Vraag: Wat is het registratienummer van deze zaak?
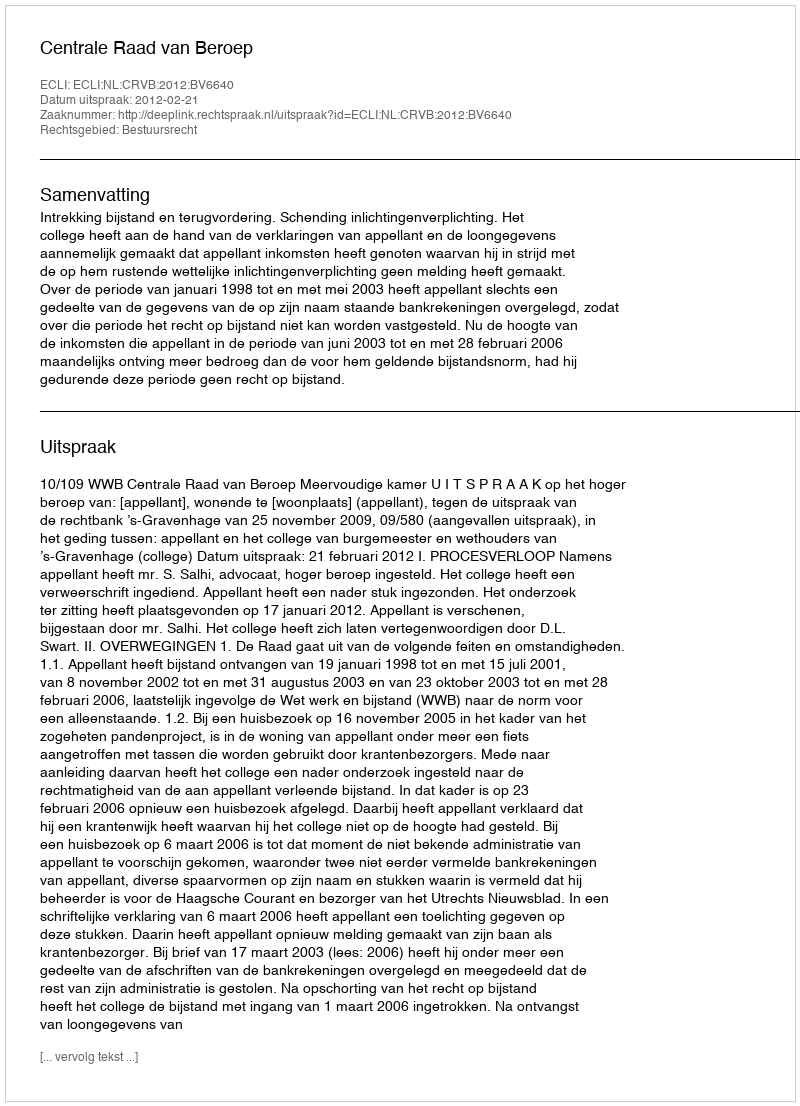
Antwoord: http://deeplink.rechtspraak.nl/uitspraak?id=ECLI:NL:CRVB:2012:BV6640